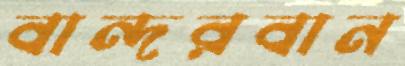
বান্দরবান